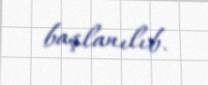
başlanılıb.